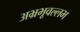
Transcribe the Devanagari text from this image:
अभ्रभूवल्लभ